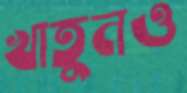
খাতুনও